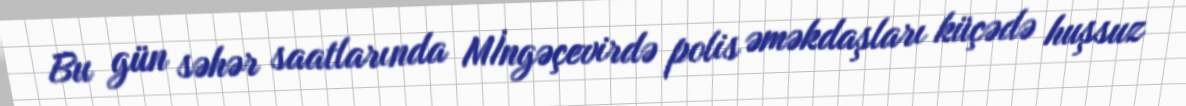
Bu gün səhər saatlarında Mİngəçevirdə polis əməkdaşları küçədə huşsuz